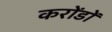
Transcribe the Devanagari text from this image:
करोंडों